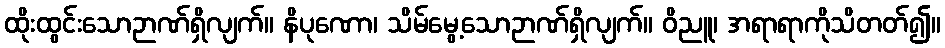
ထိုးထွင်းသောဉာဏ်ရှိလျက်။ နိပုဏော၊ သိမ်မွေ့သောဉာဏ်ရှိလျက်။ ဝိညူ၊ အရာရာကိုသိတတ်၍။